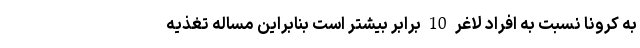
به کرونا نسبت به افراد لاغر 10 برابر بیشتر است بنابراین مساله تغذیه